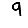
Digit: 9